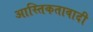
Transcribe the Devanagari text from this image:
आस्तिकतावादी